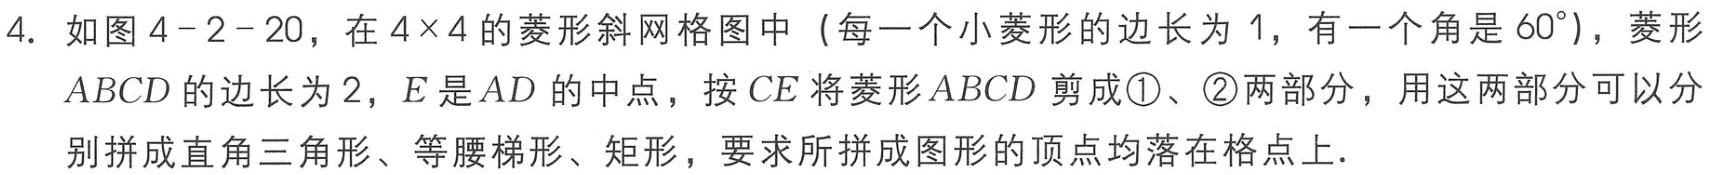
4. 如图4 - 2 - 20，在\(4\times4\)的菱形斜网格图中（每一个小菱形的边长为\(1\)，有一个角是\(60^{\circ}\)），菱形\(ABCD\)的边长为\(2\)，\(E\)是\(AD\)的中点，按\(CE\)将菱形\(ABCD\)剪成\textcircled{1}、\textcircled{2}两部分，用这两部分可以分别拼成直角三角形、等腰梯形、矩形，要求所拼成图形的顶点均落在格点上．